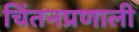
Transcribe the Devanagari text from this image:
चिंतनप्रणाली